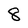
Character: 8